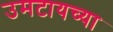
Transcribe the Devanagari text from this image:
उमटायच्या